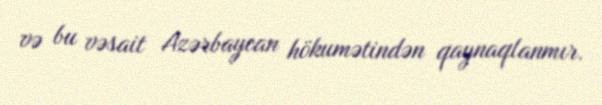
və bu vəsait Azərbaycan hökumətindən qaynaqlanmır.